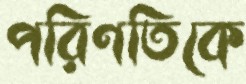
পরিণতিকে